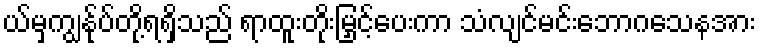
ယ်မှကျွန်ုပ်တို့ရရှိသည် ရာထူးတိုးမြှင့်ပေးကာ သံလျင်မင်းဘောဂသေနအား